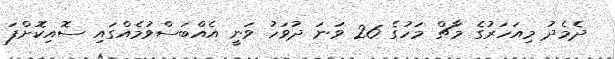
ދެމެދު މިއަހަރުގެ މާޗް މަހުގެ 26 ވަނަ ދުވަހު ވަނީ އެއްބަސްވުމެއްގައި ސޮއިކޮށްފަ